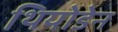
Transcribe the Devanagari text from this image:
थियोडेन